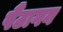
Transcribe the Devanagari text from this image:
पैंटागन